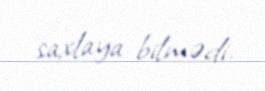
saxlaya bilmədi.